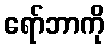
ရော်ဘာကို